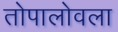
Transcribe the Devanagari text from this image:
तोपालोवला